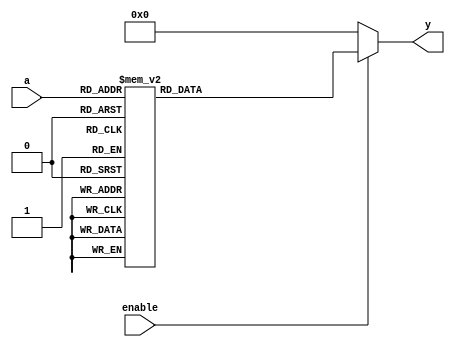

module decoder_3to8 
    (input [2:0] a,
     input enable,
     output reg [7:0] y
    );
 
    //Whenever there is a change in the bus 'a' or 'enable' -> execute the always block.
    always @(a or enable) begin  // wildcard '*' could also be used
        if (enable == 0)
           y = 8'b0;
        else begin
            case (a)   //case statement. Check all the 8 combinations.
                3'b000 : y = 8'b00000001;
                3'b001 : y = 8'b00000010;
                3'b010 : y = 8'b00000100;
                3'b011 : y = 8'b00001000;
                3'b100 : y = 8'b00010000;
                3'b101 : y = 8'b00100000;
                3'b110 : y = 8'b01000000;
                3'b111 : y = 8'b10000000;
                //PRO Tip: create a default value for output to prevent latch creation
                //You should always use a default even if all the combinations are covered (full case)
                default : y = 8'b00000000;
            endcase
        end
    end
  
endmodule


module decoder_4to16 
  (input [3:0] a,
   output[15:0] d
  );
 
    decoder_3to8 DEC1 (
        .a(a[2:0]),
        .enable(~a[3]),
        .y(d[7:0])
    );
  
    decoder_3to8 DEC2 (
        .a(a[2:0]),
        .enable(a[3]),
        .y(d[15:8])
    );
  
endmodule


`timescale 1us/1ns
module tb_decoder_4to16();
	
   reg [3:0] a;
   wire  [15:0] d;
   integer i;
   
    // Instantiate the DUT
    decoder_4to16 DEC4_16 (
      .a(a),
      .d(d)
    );
  
    // Create stimulus
    initial begin
        $monitor($time, " a = %d, d = %b", a, d);
        #1; a = 0;
        for (i = 0; i<16; i=i+1) begin
            #1; a = i;
        end
    end
  
endmodule